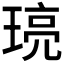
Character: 𤦻